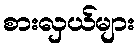
စားလှယ်များ